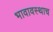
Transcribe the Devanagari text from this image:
भावावस्थाच